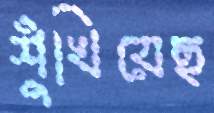
শুঁখিয়েছ